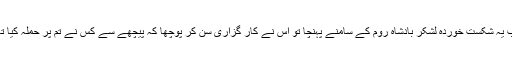
جب یہ شکست خوردہ لشکر بادشاہ روم کے سامنے پہنچا تو اس نے کار گزاری سن کر پوچھا کہ پیچھے سے کس نے تم پر حملہ کیا تھا ۔